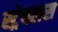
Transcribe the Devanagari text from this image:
स्ट्रेबलस